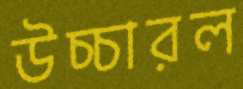
উচ্চারল